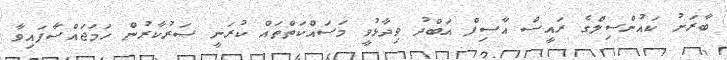
ބާރަށު ކައުންސިލްގެ ރައީސް އާސިފް އަބްދު ވިދާޅުވީ މަސައްކަތްތައް ކުރަނީ ސަރުކާރުން ހަމަޖައްސާފައިވާ